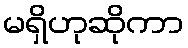
မရှိဟုဆိုကာ